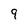
Character: 9